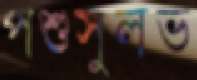
পশুসুলভ